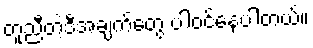
တူညီတဲ့ဒီအချက်တွေ ပါဝင်နေပါတယ်။